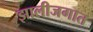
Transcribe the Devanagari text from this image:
झालीजगात